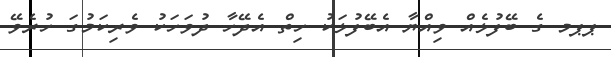
ޕޕމ ގެ ބޭފުޅެއް ވިއްޔާ އެބޭފުޅަކު ހިތް އެދޭހާ ދުވަހަކު ވެރިކަމުގަ ހުރެވޭ